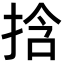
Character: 𫼹